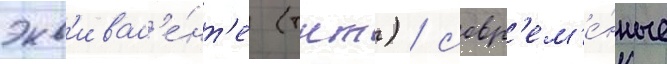
экв'ивал'е́нт'е (тнт) / совр'ем'е́нные